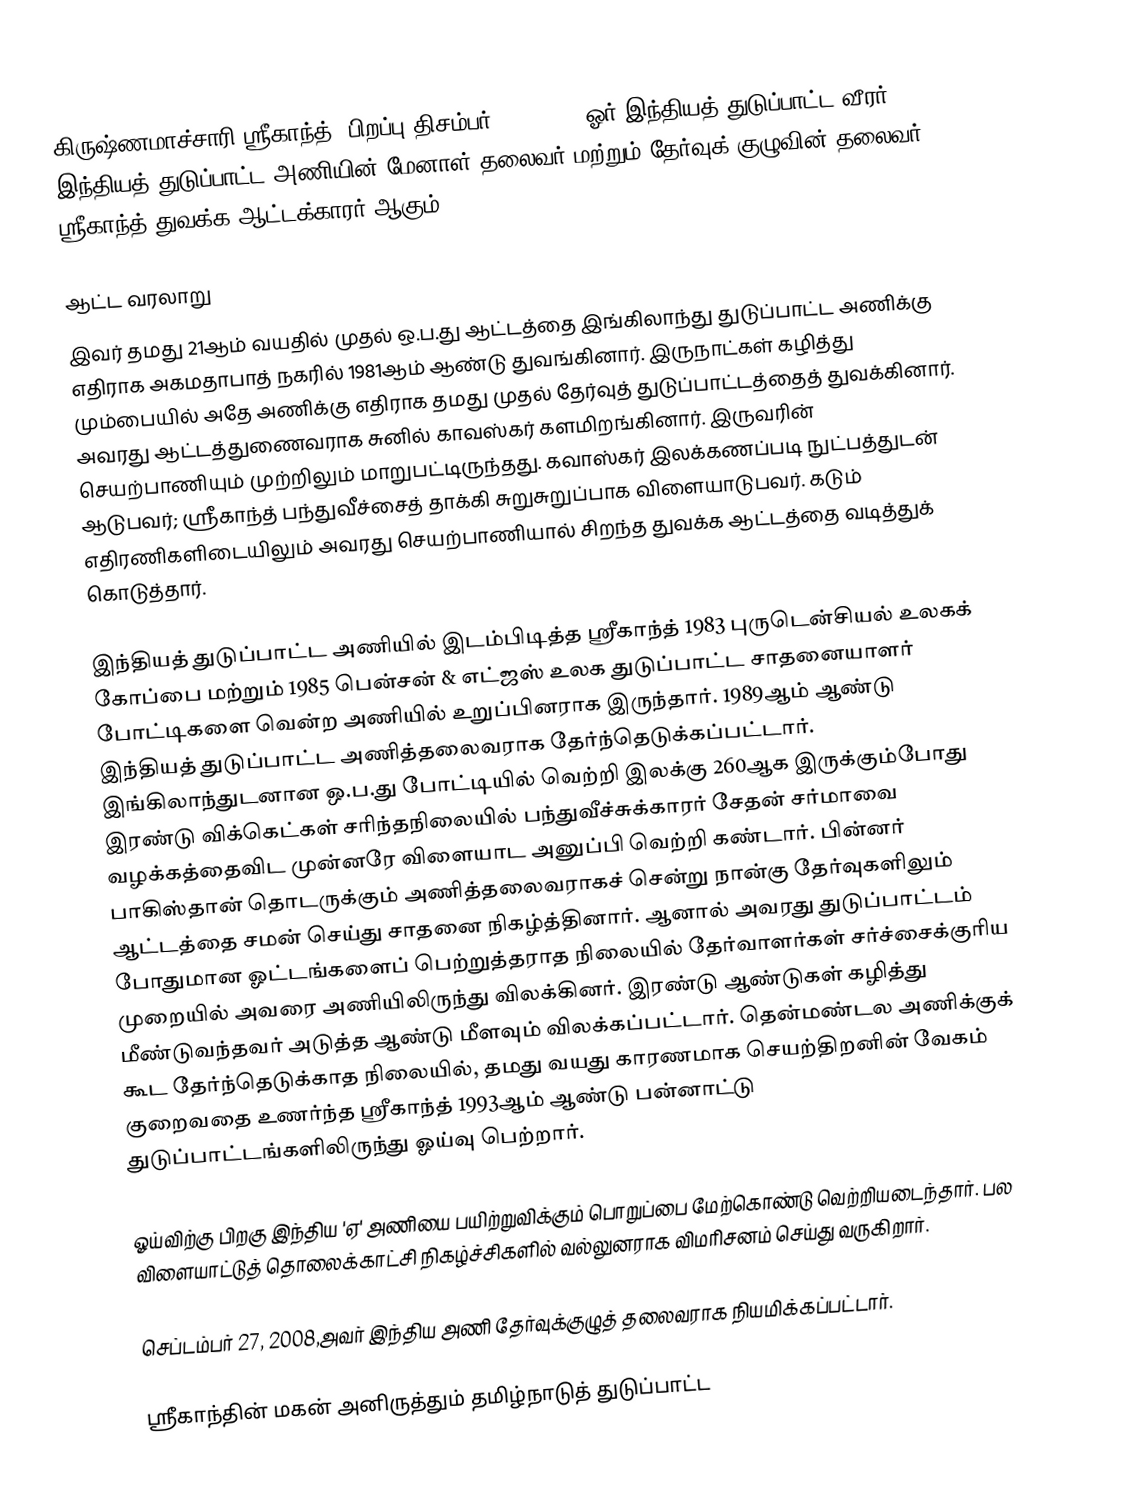
கிருஷ்ணமாச்சாரி ஸ்ரீகாந்த்  (பிறப்பு திசம்பர் 21, 1959) ஓர் இந்தியத் துடுப்பாட்ட வீரர். இந்தியத் துடுப்பாட்ட அணியின் மேனாள் தலைவர் மற்றும் தேர்வுக் குழுவின் தலைவர். ஸ்ரீகாந்த் துவக்க ஆட்டக்காரர் ஆகும்.

ஆட்ட வரலாறு
 இவர் தமது 21ஆம் வயதில் முதல் ஒ.ப.து ஆட்டத்தை இங்கிலாந்து துடுப்பாட்ட அணிக்கு எதிராக அகமதாபாத் நகரில் 1981ஆம் ஆண்டு துவங்கினார். இருநாட்கள் கழித்து மும்பையில் அதே அணிக்கு எதிராக தமது முதல் தேர்வுத் துடுப்பாட்டத்தைத் துவக்கினார். அவரது ஆட்டத்துணைவராக சுனில் காவஸ்கர் களமிறங்கினார். இருவரின் செயற்பாணியும் முற்றிலும் மாறுபட்டிருந்தது. கவாஸ்கர் இலக்கணப்படி நுட்பத்துடன் ஆடுபவர்; ஸ்ரீகாந்த் பந்துவீச்சைத் தாக்கி சுறுசுறுப்பாக விளையாடுபவர். கடும் எதிரணிகளிடையிலும் அவரது செயற்பாணியால் சிறந்த துவக்க ஆட்டத்தை வடித்துக் கொடுத்தார்.

இந்தியத் துடுப்பாட்ட அணியில் இடம்பிடித்த ஸ்ரீகாந்த் 1983 புருடென்சியல் உலகக் கோப்பை மற்றும் 1985 பென்சன் & எட்ஜஸ் உலக துடுப்பாட்ட சாதனையாளர் போட்டிகளை வென்ற அணியில் உறுப்பினராக இருந்தார். 1989ஆம் ஆண்டு இந்தியத் துடுப்பாட்ட அணித்தலைவராக தேர்ந்தெடுக்கப்பட்டார். இங்கிலாந்துடனான ஒ.ப.து போட்டியில் வெற்றி இலக்கு 260ஆக இருக்கும்போது இரண்டு விக்கெட்கள் சரிந்தநிலையில் பந்துவீச்சுக்காரர் சேதன் சர்மாவை வழக்கத்தைவிட முன்னரே விளையாட அனுப்பி வெற்றி கண்டார். பின்னர் பாகிஸ்தான் தொடருக்கும் அணித்தலைவராகச் சென்று நான்கு தேர்வுகளிலும் ஆட்டத்தை சமன் செய்து சாதனை நிகழ்த்தினார். ஆனால் அவரது துடுப்பாட்டம் போதுமான ஓட்டங்களைப் பெற்றுத்தராத நிலையில் தேர்வாளர்கள் சர்ச்சைக்குரிய முறையில் அவரை அணியிலிருந்து விலக்கினர். இரண்டு ஆண்டுகள் கழித்து மீண்டுவந்தவர் அடுத்த ஆண்டு மீளவும் விலக்கப்பட்டார். தென்மண்டல அணிக்குக் கூட தேர்ந்தெடுக்காத நிலையில், தமது வயது காரணமாக செயற்திறனின் வேகம் குறைவதை உணர்ந்த ஸ்ரீகாந்த் 1993ஆம் ஆண்டு பன்னாட்டு துடுப்பாட்டங்களிலிருந்து ஓய்வு பெற்றார்.

ஓய்விற்கு பிறகு இந்திய 'ஏ' அணியை பயிற்றுவிக்கும் பொறுப்பை மேற்கொண்டு வெற்றியடைந்தார். பல விளையாட்டுத் தொலைக்காட்சி நிகழ்ச்சிகளில் வல்லுனராக விமரிசனம் செய்து வருகிறார்.

செப்டம்பர் 27, 2008,அவர் இந்திய அணி தேர்வுக்குழுத் தலைவராக நியமிக்கப்பட்டார்.

ஸ்ரீகாந்தின் மகன் அனிருத்தும் தமிழ்நாடுத் துடுப்பாட்ட